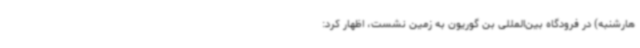
هارشنبه) در فرودگاه بین‌المللی بن گوریون به زمین نشست، اظهار کرد: